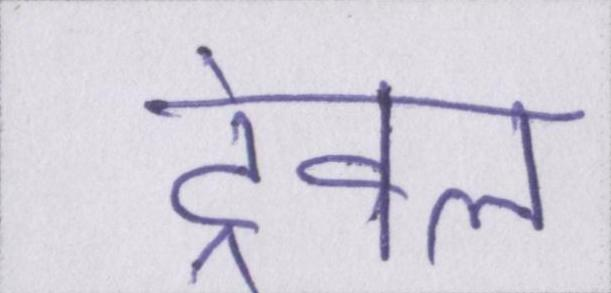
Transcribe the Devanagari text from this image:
ट्रेवल